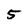
Character: 5